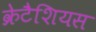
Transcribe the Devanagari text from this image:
क्रेटैशियस